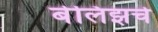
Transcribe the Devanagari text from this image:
बेलिझचे